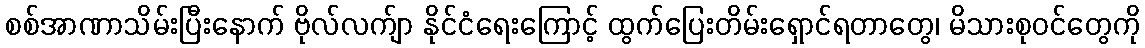
စစ်အာဏာသိမ်းပြီးနောက် ဗိုလ်လက်ျာ နိုင်ငံရေးကြောင့် ထွက်ပြေးတိမ်းရှောင်ရတာတွေ၊ မိသားစုဝင်တွေကို